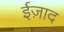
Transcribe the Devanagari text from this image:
ईज़ाद